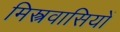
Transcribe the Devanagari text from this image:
मिस्त्रवासियों